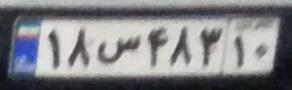
۱۸س۴۸۳۱۰